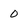
Character: 0